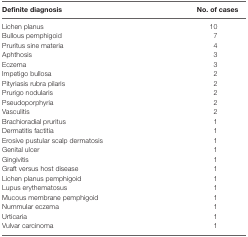
| Definite diagnosis | No. of cases |
 | --- | --- |
 | Lichen planus | 10 |
 | Bullous pemphigoid | 7 |
 | Pruritus sine materia | 4 |
 | Aphthosis | 3 |
 | Eczema | 3 |
 | Impetigo bullosa | 2 |
 | Pityriasis rubra pilaris | 2 |
 | Prurigo nodularis | 2 |
 | Pseudoporphyria | 2 |
 | Vasculitis | 2 |
 | Brachioradial pruritus | 1 |
 | Dermatitis factitia | 1 |
 | Erosive pustular scalp dermatosis | 1 |
 | Genital ulcer | 1 |
 | Gingivitis | 1 |
 | Graft versus host disease | 1 |
 | Lichen planus pemphigoid | 1 |
 | Lupus erythematosus | 1 |
 | Mucous membrane pemphigoid | 1 |
 | Nummular eczema | 1 |
 | Urticaria | 1 |
 | Vulvar carcinoma | 1 |